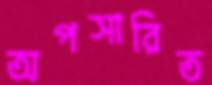
অপসারিত